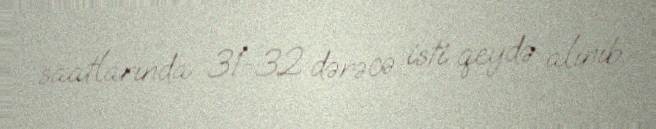
saatlarında 31-32 dərəcə isti qeydə alınıb.